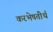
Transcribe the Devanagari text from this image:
करभेषतीर्थ